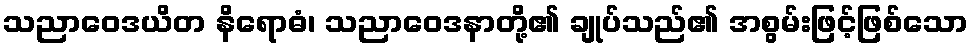
သညာဝေဒယိတ နိရောဓံ၊ သညာဝေဒနာတို့၏ ချုပ်သည်၏ အစွမ်းဖြင့်ဖြစ်သော